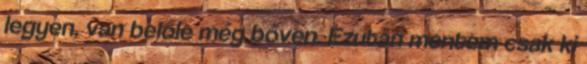
legyen, van belőle még bőven. Ezután mentem csak ki